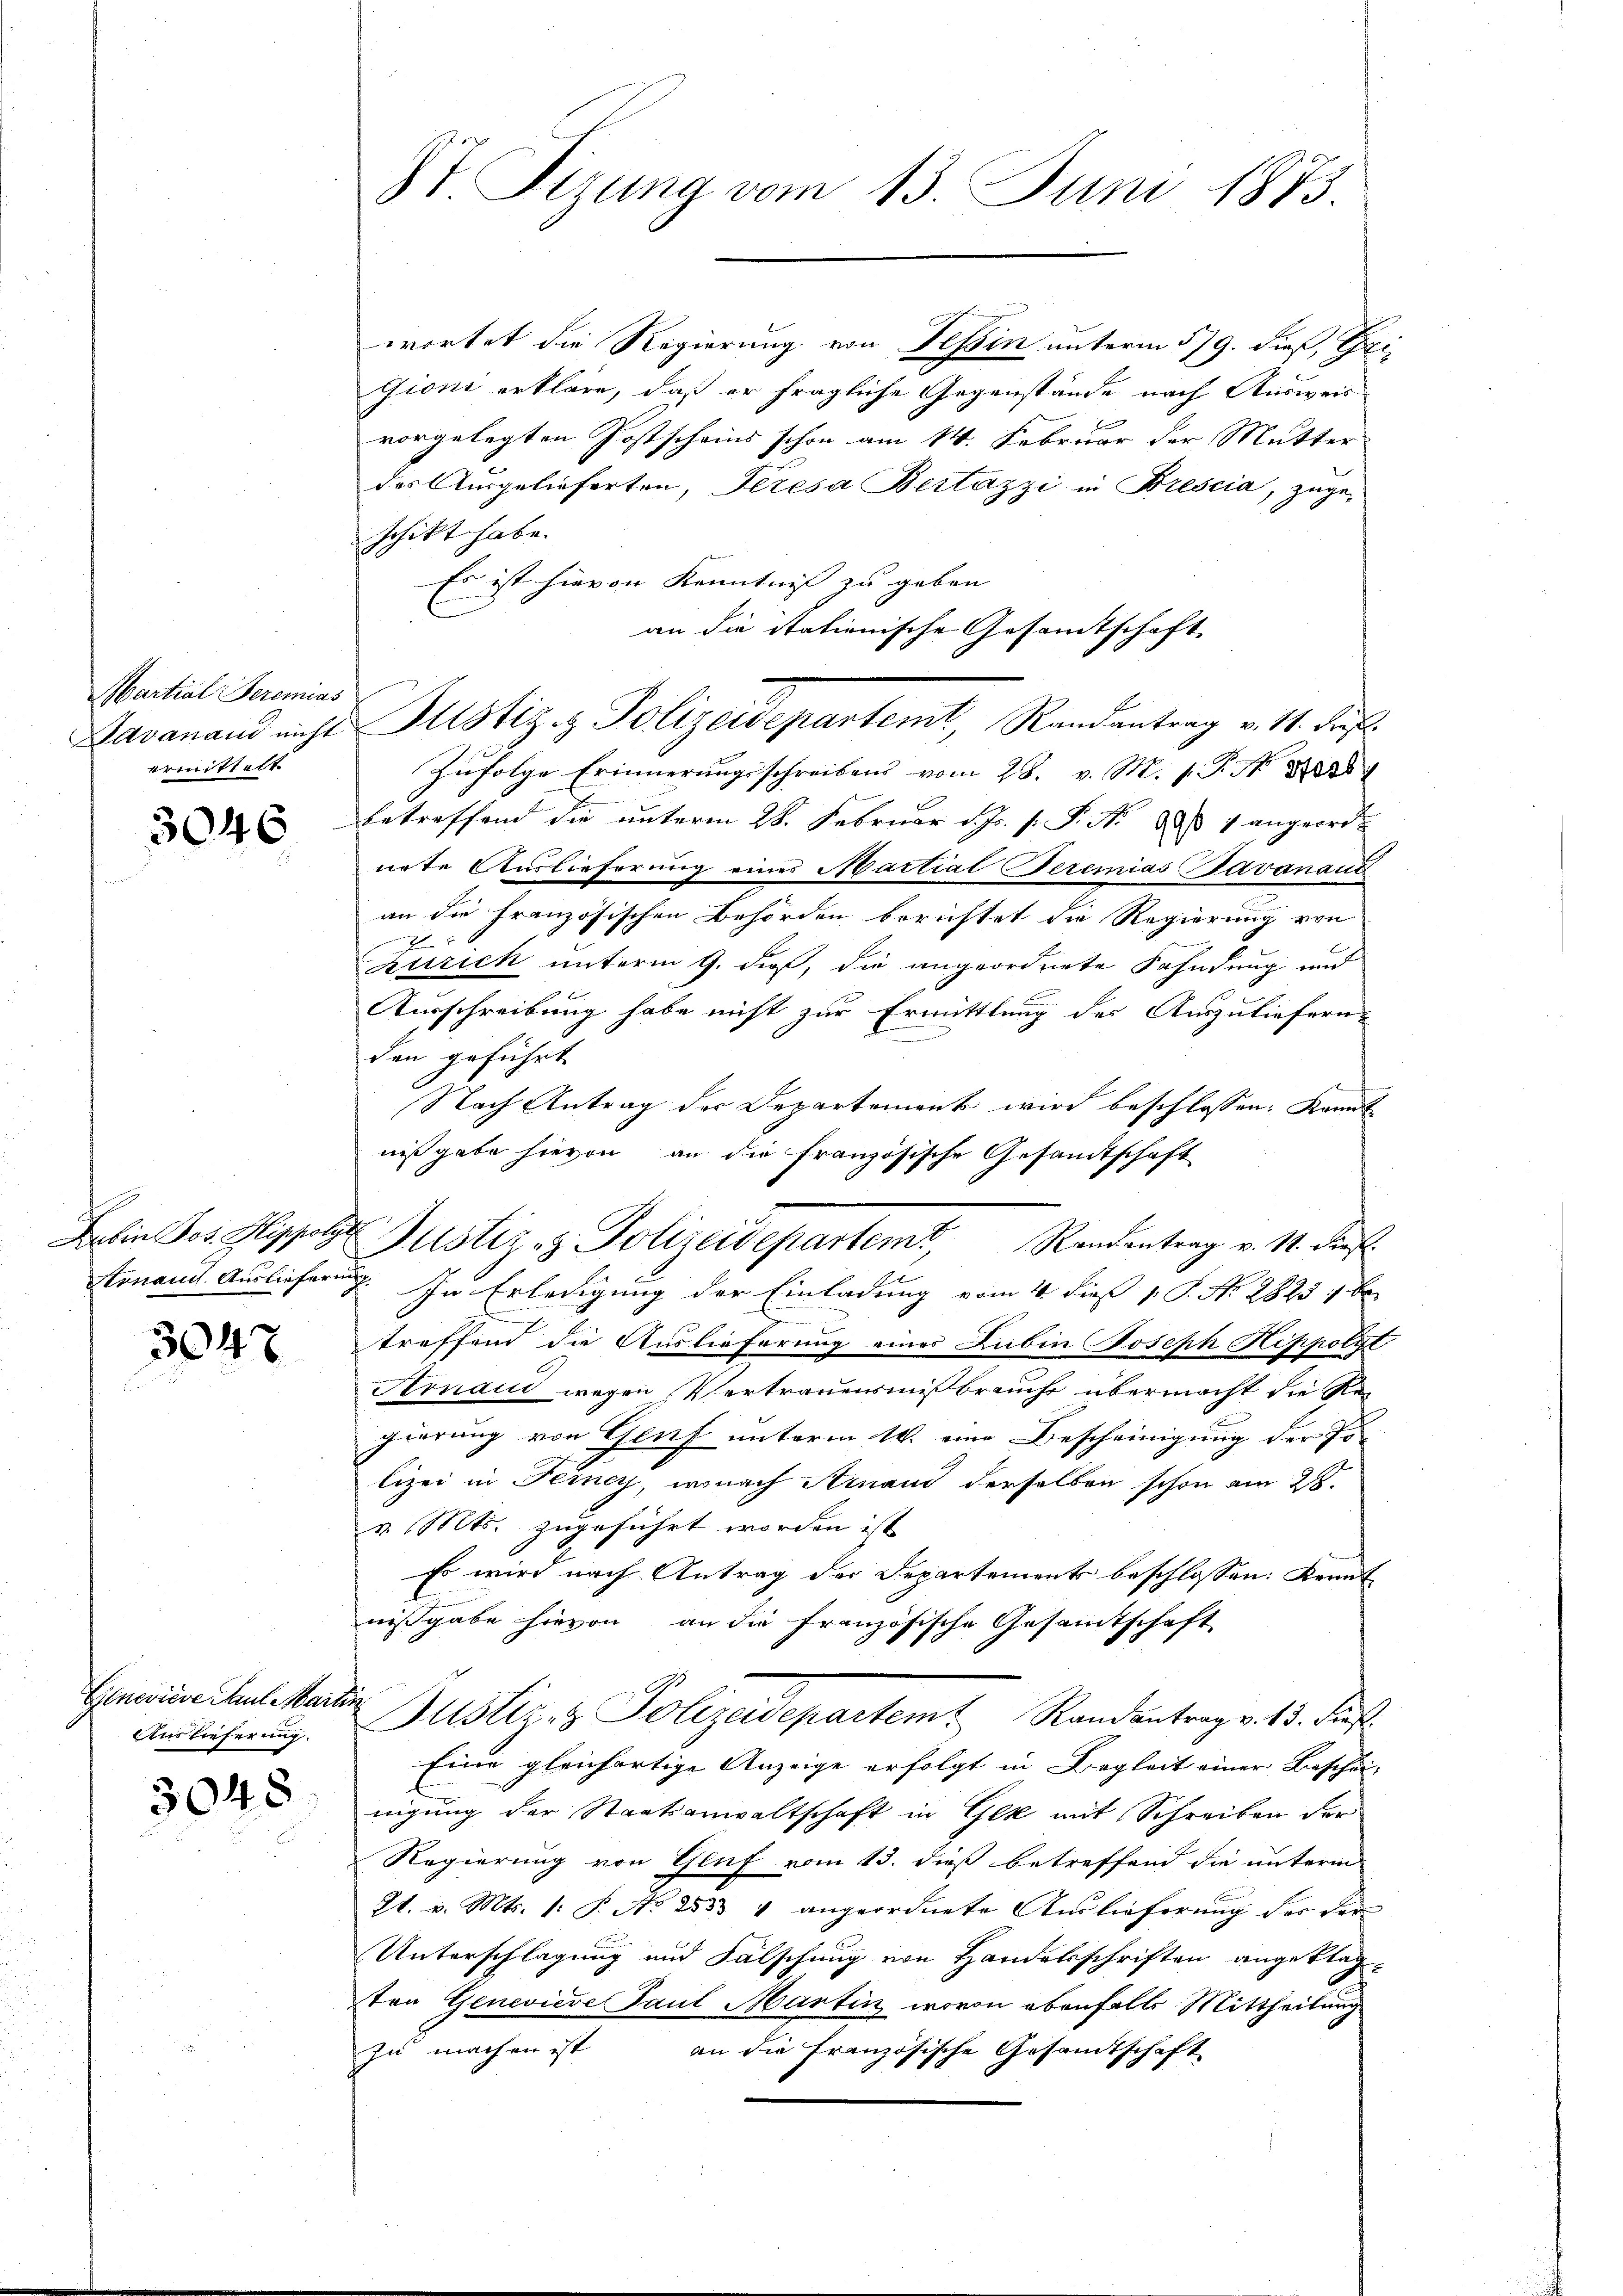
Martial Seremias
ermittelt

3046

3047

Goneviere Paul Martin
Auslieferung.

3048

St Sizung vom 13. Juni 1873.

wortet die Regierung von Tessin unterm 5/9. dieß, Ei
Zioni erkläre, daß er fragliche Gegenstände nach Ausweis
F
vorgelegten Postscheins schon am 14. Februar der Mutter
des Ausgelieferten, Jeresa Bertazzi in Brescia, zuge-
schickt habe.
Es ist hievon Kenntniß zu geben
an die Stationische Gesamtschaft
Zŭfolge Erinnerungsschreibens vom 28. v. M. s. S. 381
betreffend die unterm 28. Februar d. Js. s. S. Nr. 99 1 angeordnete Auslieferung eines Martialeremias Tavanaud
an die Französischen Behörden berichtet die Regierung von
J
e
kurich unterm 9. dieß, die angeordnete Fahndung und
Ausschreibung habe nicht zur Ermittlung des Auszuliefern
den geführt
Nach Antrag des Departement wird beschlossen: Kannt
nißgabe hievon an die französische Gesandtschaft
Latin Jos. Hippols Justiz- & Polizeidepartemt, Randentrag v. 11. dies
Arnannt Auslieferung. In Erledigung der Einladung vom 4. dieß v. P. N. 2825 : be
treffend die Auslieferung eines Lubin Joseph Hippolyt
Aonaud wegen Vertrauensmißbraucht übermacht die Regierung von Genf unterm 14. eine Bescheinigung der Polizei in Ferney, wonach Arnand derselben schon am 28.
v. Mts. zugeführt worden ist
Es wird nach Antrag der Departements beschlossen: Kennt
nißgabe hievon an die französische Gesamtschaft
Justiz- & Polizadepartem Standeantrags 18. des
Eine gleichartige Anzeige erfolgt in Begleit einer Beschei-
nigung der Staatsanwaltschaft in Gek mit Schreiben der
Regierung von Genf vom 13. dieß betreffend die unterm
2t. v. Mts. 1. P. No 253 4 angeordnete Auslieferung der der¬
Unterschlagung und Fälschung von Handelsschriften angeklagten Geneviere Paul Martin, wovon ebenfalls Mittheilung
zu machen ist an die französische Gesamtschaft

Bavanand nichts Justiz & Polizeidepartemt, Randantrag v. 11. daß